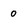
Character: 0